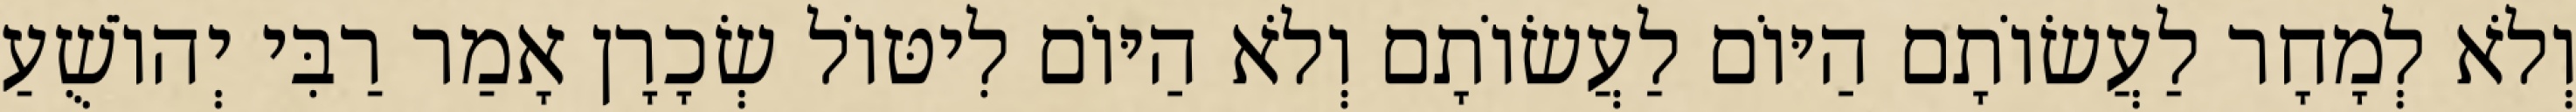
וְלֹא לְמָחָר לַעֲשׂוֹתָם הַיּוֹם לַעֲשׂוֹתָם וְלֹא הַיּוֹם לִיטּוֹל שְׂכָרָן אָמַר רַבִּי יְהוֹשֻׁעַ